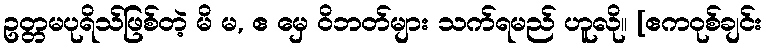
ဥတ္တမပုရိသ်ဖြစ်တဲ့ မိ မ, ဧ မှေ ဝိဘတ်များ သက်ရမည် ဟူလို။ [ဧကဝုစ်ချင်း